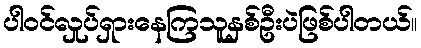
ပါဝင်လှုပ်ရှားနေကြသူနှစ်ဦးပဲဖြစ်ပါတယ်။